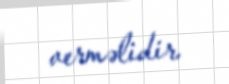
verməlidir.